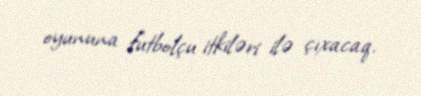
oyununa futbolçu itkiləri ilə çıxacaq.